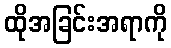
ထိုအခြင်းအရာကို